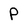
Character: P